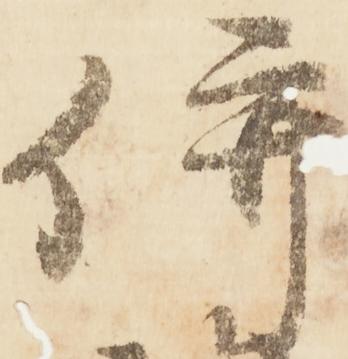
併